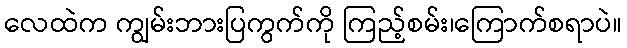
လေထဲက ကျွမ်းဘားပြကွက်ကို ကြည့်စမ်း၊ကြောက်စရာပဲ။